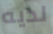
لديه